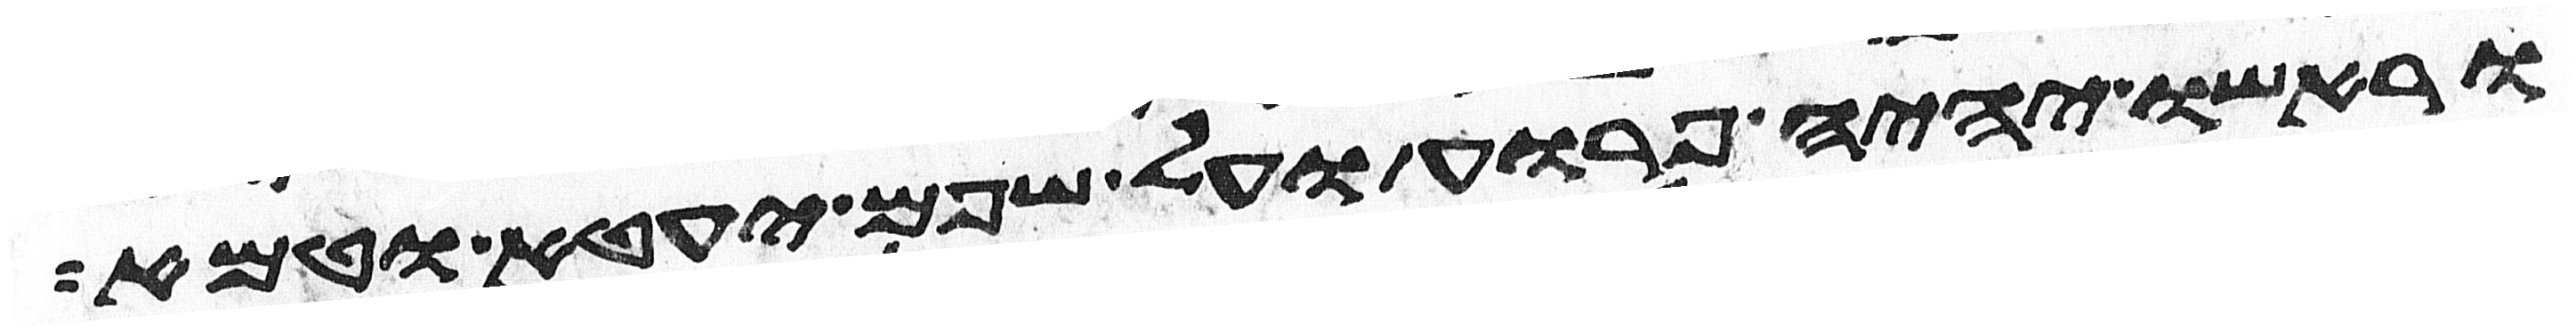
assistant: וראשו יהיה פרוע ועל שפם יעטא וטמא